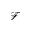
\mathcal { F }